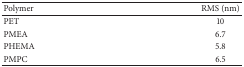
<table><thead><tr><td><b>Polymer</b></td><td><b>RMS (nm)</b></td></tr></thead><tbody><tr><td>PET</td><td>10</td></tr><tr><td>PMEA</td><td>6.7</td></tr><tr><td>PHEMA</td><td>5.8</td></tr><tr><td>PMPC</td><td>6.5</td></tr></tbody></table>